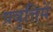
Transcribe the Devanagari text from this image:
प्रवृत्तिमें